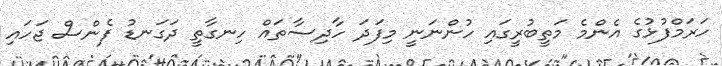
ހަރަމްފުޅުގެ އެންމެ މަތީބުރީގައި ހުންނަނީ މިފަދަ ހާދިސާތައް ހިނގާތީ ދަގަނޑު ފެންސް ޖަހައި